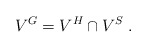
\begin{align*}V^G=V^H\cap V^S \;.\end{align*}